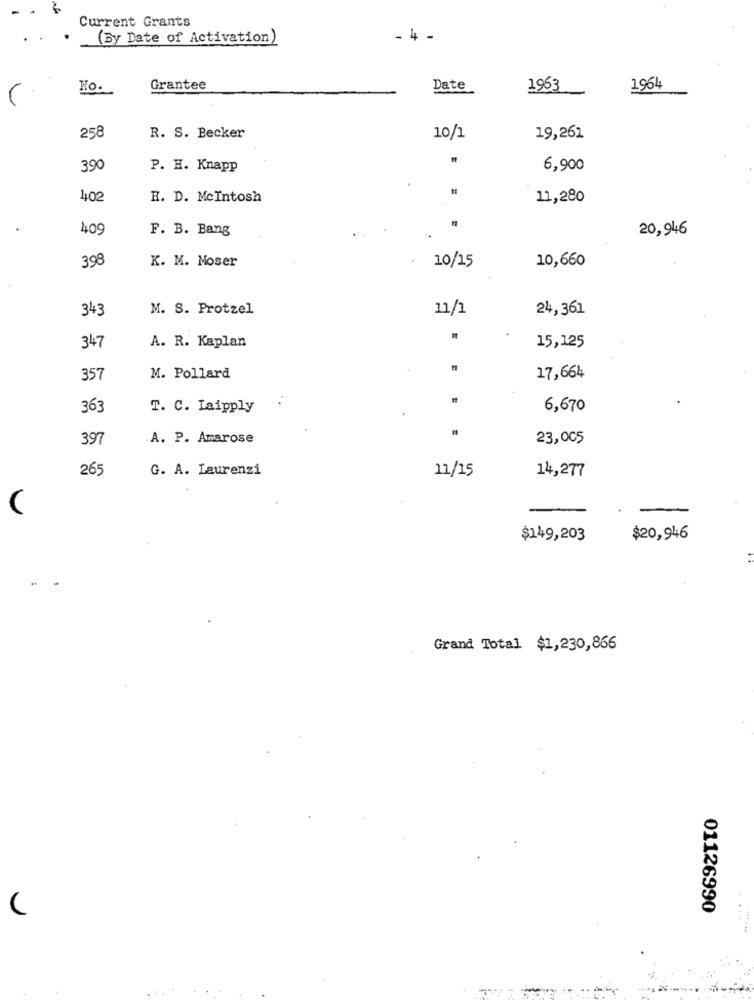
.
Current Grants
(By Date of Activation)
- 4 -
No.
Grantee
Date
1963
1964
258
R. S. Becker
10/1
19,261
390
P. H. Knapp
6,900
402
H. D. McIntosh
11,280
409
F. B. Bang
20,946
398
10,660
K. M. Moser
10/15
343
M. S. Protzel
11/1
24,361
A. R. Kaplan
347
15,125
357
M. Pollard
17,664
363
T. C. Laipply
6,670
397
A. P. Amarose
23,005
265
G. A. Laurenzi
11/15
14,277
$149,203
$20,946
Grand Total $1,230,866
01126990